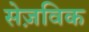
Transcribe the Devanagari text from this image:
सेज़विक